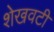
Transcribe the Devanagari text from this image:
शेखवटी